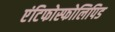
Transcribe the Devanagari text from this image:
एंटिफोस्फोलिपिड